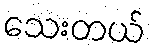
သေးတယ်